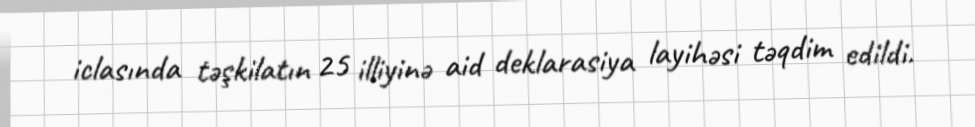
iclasında təşkilatın 25 illiyinə aid deklarasiya layihəsi təqdim edildi.